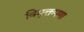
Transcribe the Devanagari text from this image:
विमुक्तपणा